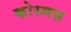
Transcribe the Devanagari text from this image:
कोस्मस